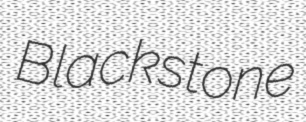
Blackstone